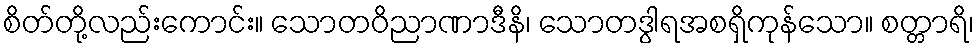
စိတ်တို့လည်းကောင်း။ သောတဝိညာဏာဒီနိ၊ သောတဒွါရအစရှိကုန်သော။ စတ္တာရိ၊